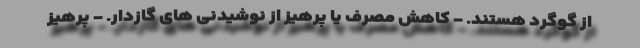
از گوگرد هستند. - کاهش مصرف یا پرهیز از نوشیدنی های گازدار. - پرهیز